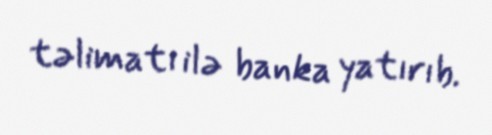
təlimatı ilə banka yatırıb.